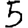
Digit: 5